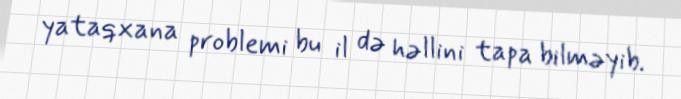
yataqxana problemi bu il də həllini tapa bilməyib.